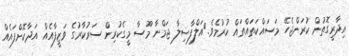
އިދާރީގޮތުން ކުރަންޖެހޭ މަސައްކަތައްތައް ކުރުމެވެ.	އަލްފާޟިލާ ޖަމްނާ މޫސާ މީގެކުރިން ސަރުކާރުގެ ވަޒީފާއެއް އަދާކޮށްފައެއް